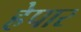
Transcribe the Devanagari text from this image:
हेपार